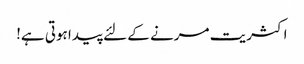
اکثریت مرنے کے لئے پیدا ہوتی ہے!